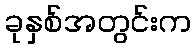
ခုနှစ်အတွင်းက